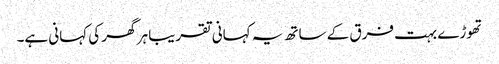
تھوڑے بہت فرق کے ساتھ یہ کہانی تقریبا ہر گھر کی کہانی ہے۔